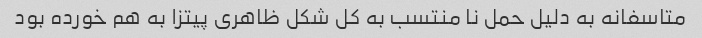
متاسفانه به دلیل حمل نا منتسب به کل شکل ظاهری پیتزا به هم خورده بود